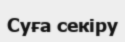
Суға секіру